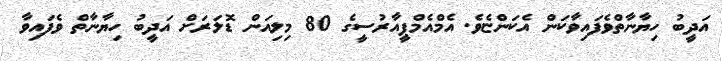
އަދީބު ހިޔާނާތްވެފައިވާކަން އެކަންޏެވެ. އެމްއެމްޕީއާރުސީގެ 80 މިލިއަން ޑޮލަރަށް އަދީބު ހިޔާނާތް ވެފައިވާ